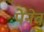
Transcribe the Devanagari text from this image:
पेनेव